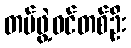
တပ်ဖွဲ့ဝင်တစ်ဦး